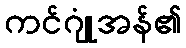
ကင်ဂျုံအန်၏